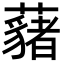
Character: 𮒱